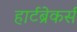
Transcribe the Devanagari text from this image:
हार्टब्रेकर्स